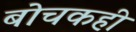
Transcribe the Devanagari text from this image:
बोचकही